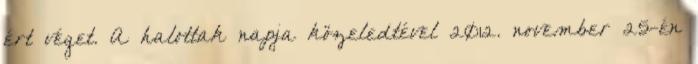
ért véget. A halottak napja közeledtével 2012. november 25-én